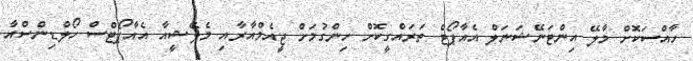
ހާއްސަކޮށް މާލޭ އިންޓަނޭޝަނަލް އެއާޕޯޓް ތަރައްގީކޮށް ހިންގުމަށް ޖީއެމްއާރާއި މެލޭޝީއާ އެއާޕޯޓްސް ހޯލްޑިންސްއާ